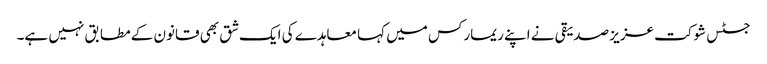
جسٹس شوکت عزیز صدیقی نے اپنے ریمارکس میں کہا معاہدے کی ایک شق بھی قانون کے مطابق نہیں ہے۔